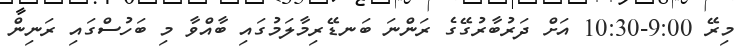
މިރޭ 9:00-10:30 އަށް ދަރުބާރުގޭގެ ރަންނަ ބަނޑޭރިމާލަމުގައި ބާއްވާ މި ބަހުސްގައި ރަނިން